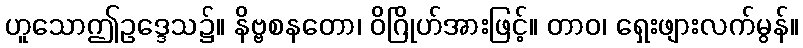
ဟူသောဤဥဒ္ဒေသ၌။ နိဗ္ဗစနတော၊ ဝိဂြိုဟ်အားဖြင့်။ တာဝ၊ ရှေးဖျားလက်မွန်။